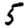
Digit: 5